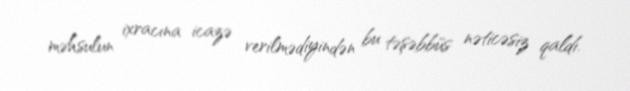
məhsulun ixracına icazə verilmədiyindən bu təşəbbüs nəticəsiz qaldı.